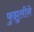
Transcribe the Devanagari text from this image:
फुझुलीने